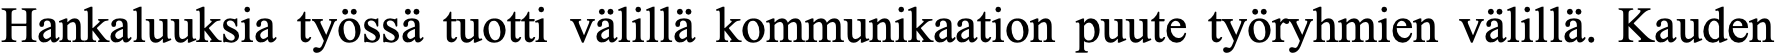
Hankaluuksia työssä tuotti välillä kommunikaation puute työryhmien välillä. Kauden